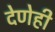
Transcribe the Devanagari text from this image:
देणेही